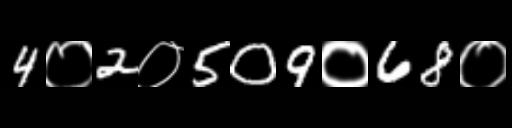
Text: 4०2०509०68०